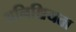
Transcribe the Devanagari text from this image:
अनिश्चियता